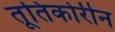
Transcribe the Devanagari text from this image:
तूतिकोरीन